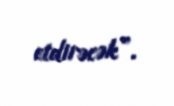
etdirəcək”.